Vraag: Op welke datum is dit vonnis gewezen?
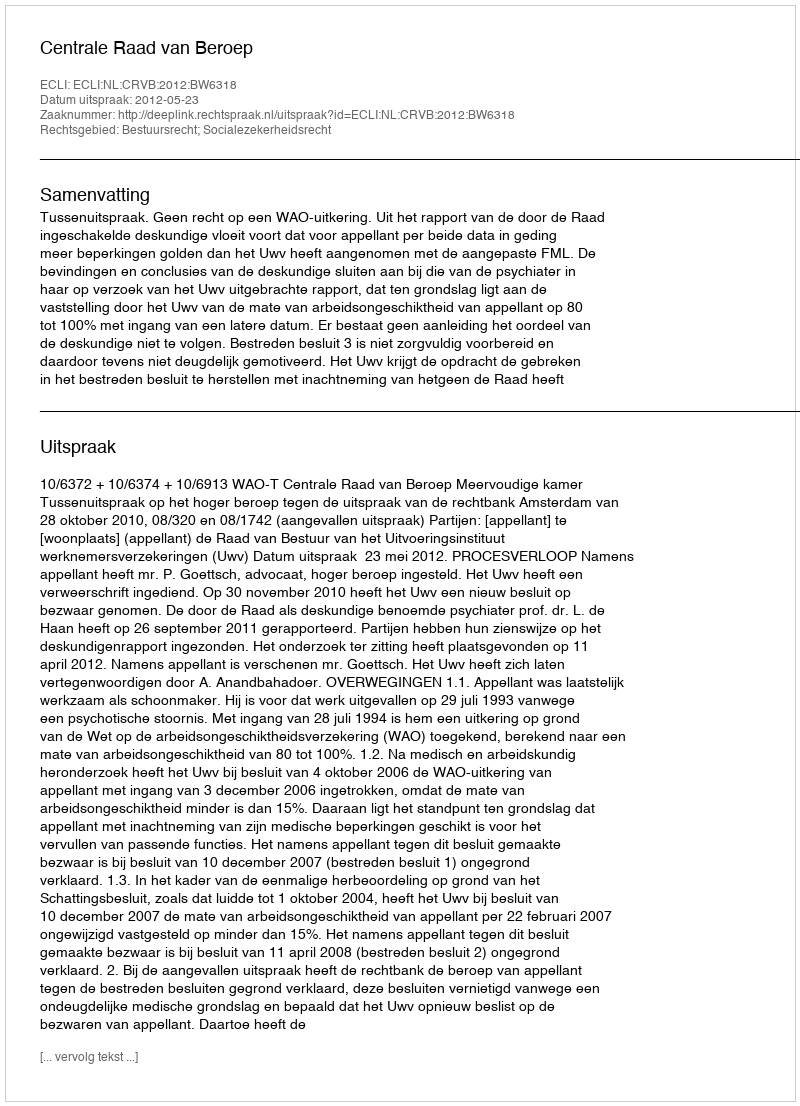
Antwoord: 2012-05-23